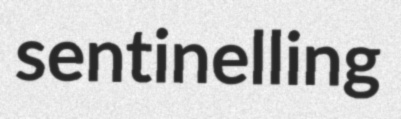
sentinelling